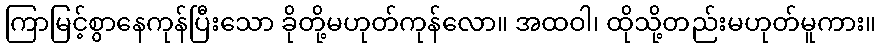
ကြာမြင့်စွာနေကုန်ပြီးသော ခိုတို့မဟုတ်ကုန်လော။ အထဝါ၊ ထိုသို့တည်းမဟုတ်မူကား။